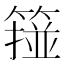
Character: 𥲵